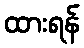
ထားရန်